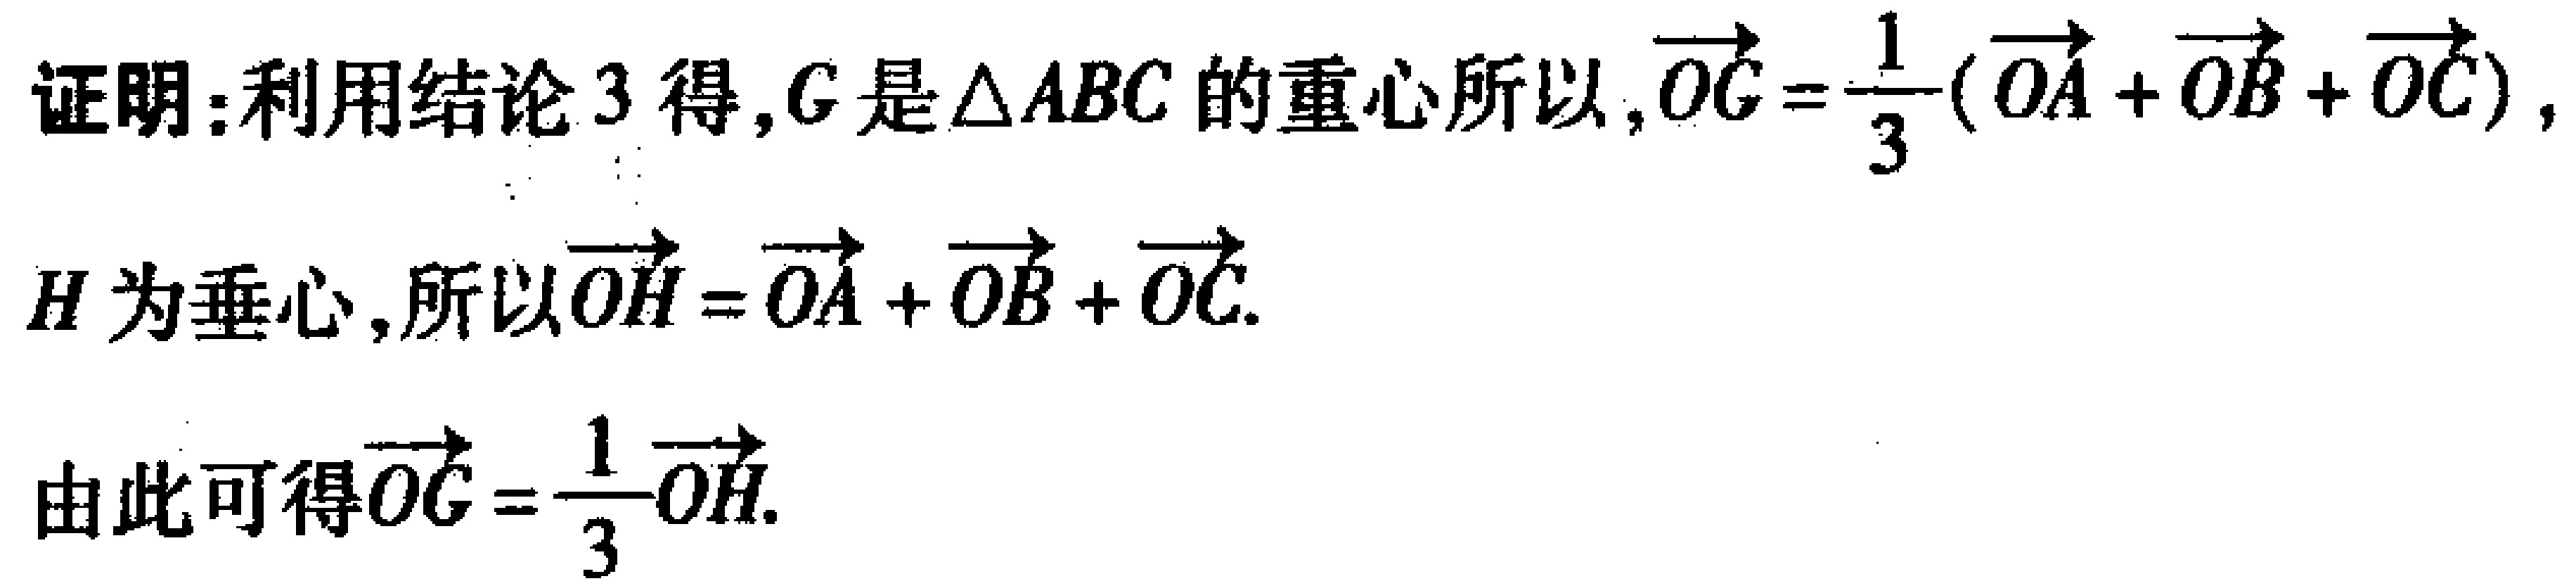
证明：利用结论3得，$G$是$\triangle ABC$的重心所以，$\overrightarrow{OG}=\frac{1}{3}(\overrightarrow{OA}+\overrightarrow{OB}+\overrightarrow{OC})$，
$H$为垂心，所以$\overrightarrow{OH}=\overrightarrow{OA}+\overrightarrow{OB}+\overrightarrow{OC}$.
由此可得$\overrightarrow{OG}=\frac{1}{3}\overrightarrow{OH}$.